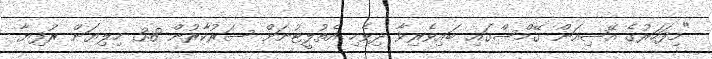
"މިފަހަރުގެ އޭޝިއަން ގޭމްސްގައި ބައިވެރިވާ ދިވެހި އެތުލީޓުނަށް ސަރުކާރުން 3.8 މިލިޔަން ރުފިޔާ